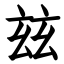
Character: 玆